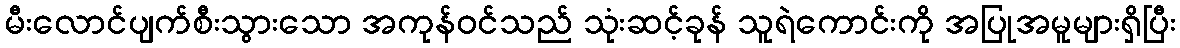
မီးလောင်ပျက်စီးသွားသော အကုန်ဝင်သည် သုံးဆင့်ခုန် သူရဲကောင်းကို အပြုအမူများရှိပြီး